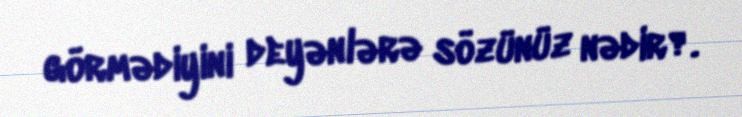
görmədiyini deyənlərə sözünüz nədir?.